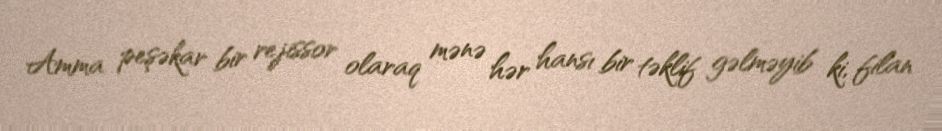
Amma peşəkar bir rejissor olaraq mənə hər hansı bir təklif gəlməyib ki, filan